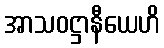
အာသဝဋ္ဌာနီယေဟိ